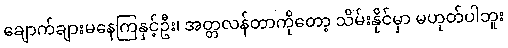
ချောက်ချားမနေကြနှင့်ဦး၊ အတ္တလန်တာကိုတော့ သိမ်းနိုင်မှာ မဟုတ်ပါဘူး